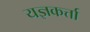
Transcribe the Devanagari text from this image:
यज्ञकर्त्ता